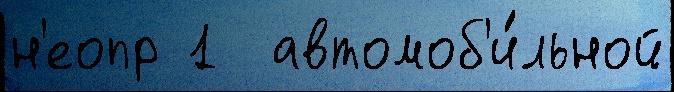
н'еопр 1  автомоб'и́льной